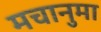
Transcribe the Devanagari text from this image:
मचानुमा